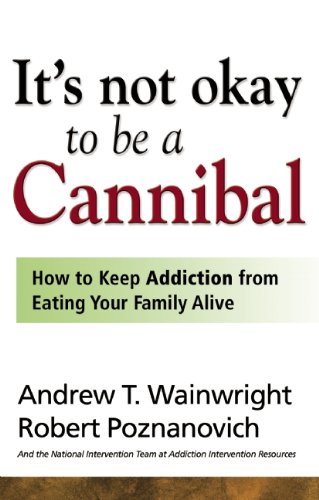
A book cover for It's Not Okay to Be a Cannibal: How to Keep Addiction from Eating Your Family Alive; Andrew T Wainwright; Self-Help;